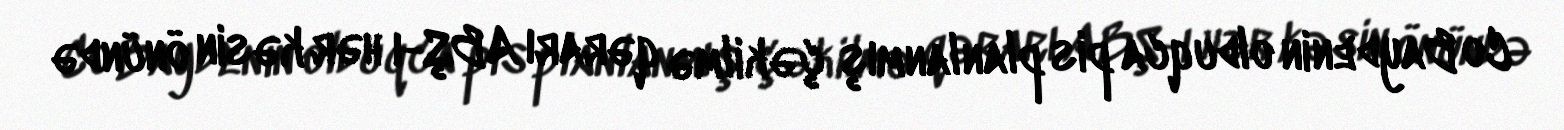
Co Baydenin olduqca pis planlanmış çəkilmə qərarı ABŞ-ı hər kəsin önündə